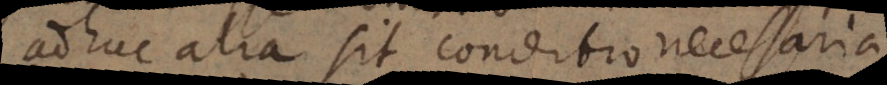
adhuc alia sit conditio necessaria